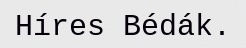
Híres Bédák.